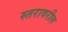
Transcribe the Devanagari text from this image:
स्‍तरावरील